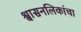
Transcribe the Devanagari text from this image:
श्वासनलिकांचा